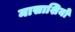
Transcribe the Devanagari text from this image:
मासाशियो